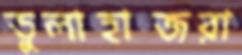
ডুলাহাজরা